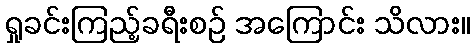
ရှုခင်းကြည့်ခရီးစဉ် အကြောင်း သိလား။